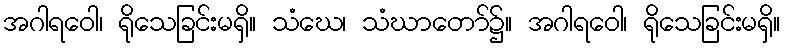
အဂါရဝေါ၊ ရိုသေခြင်းမရှိ။ သံဃေ၊ သံဃာတော်၌။ အဂါရဝေါ၊ ရိုသေခြင်းမရှိ။